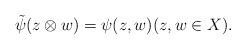
LaTeX: \begin{align*}\tilde{\psi} (z\otimes w) = \psi(z,w) (z,w\in X).\end{align*}